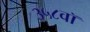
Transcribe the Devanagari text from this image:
३५८वॉ